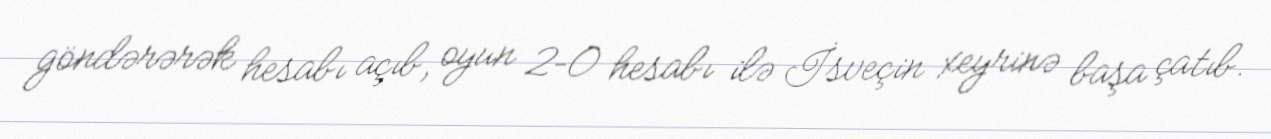
göndərərək hesabı açıb, oyun 2–0 hesabı ilə İsveçin xeyrinə başa çatıb.